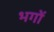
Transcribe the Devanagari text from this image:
भगों